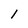
Character: 1